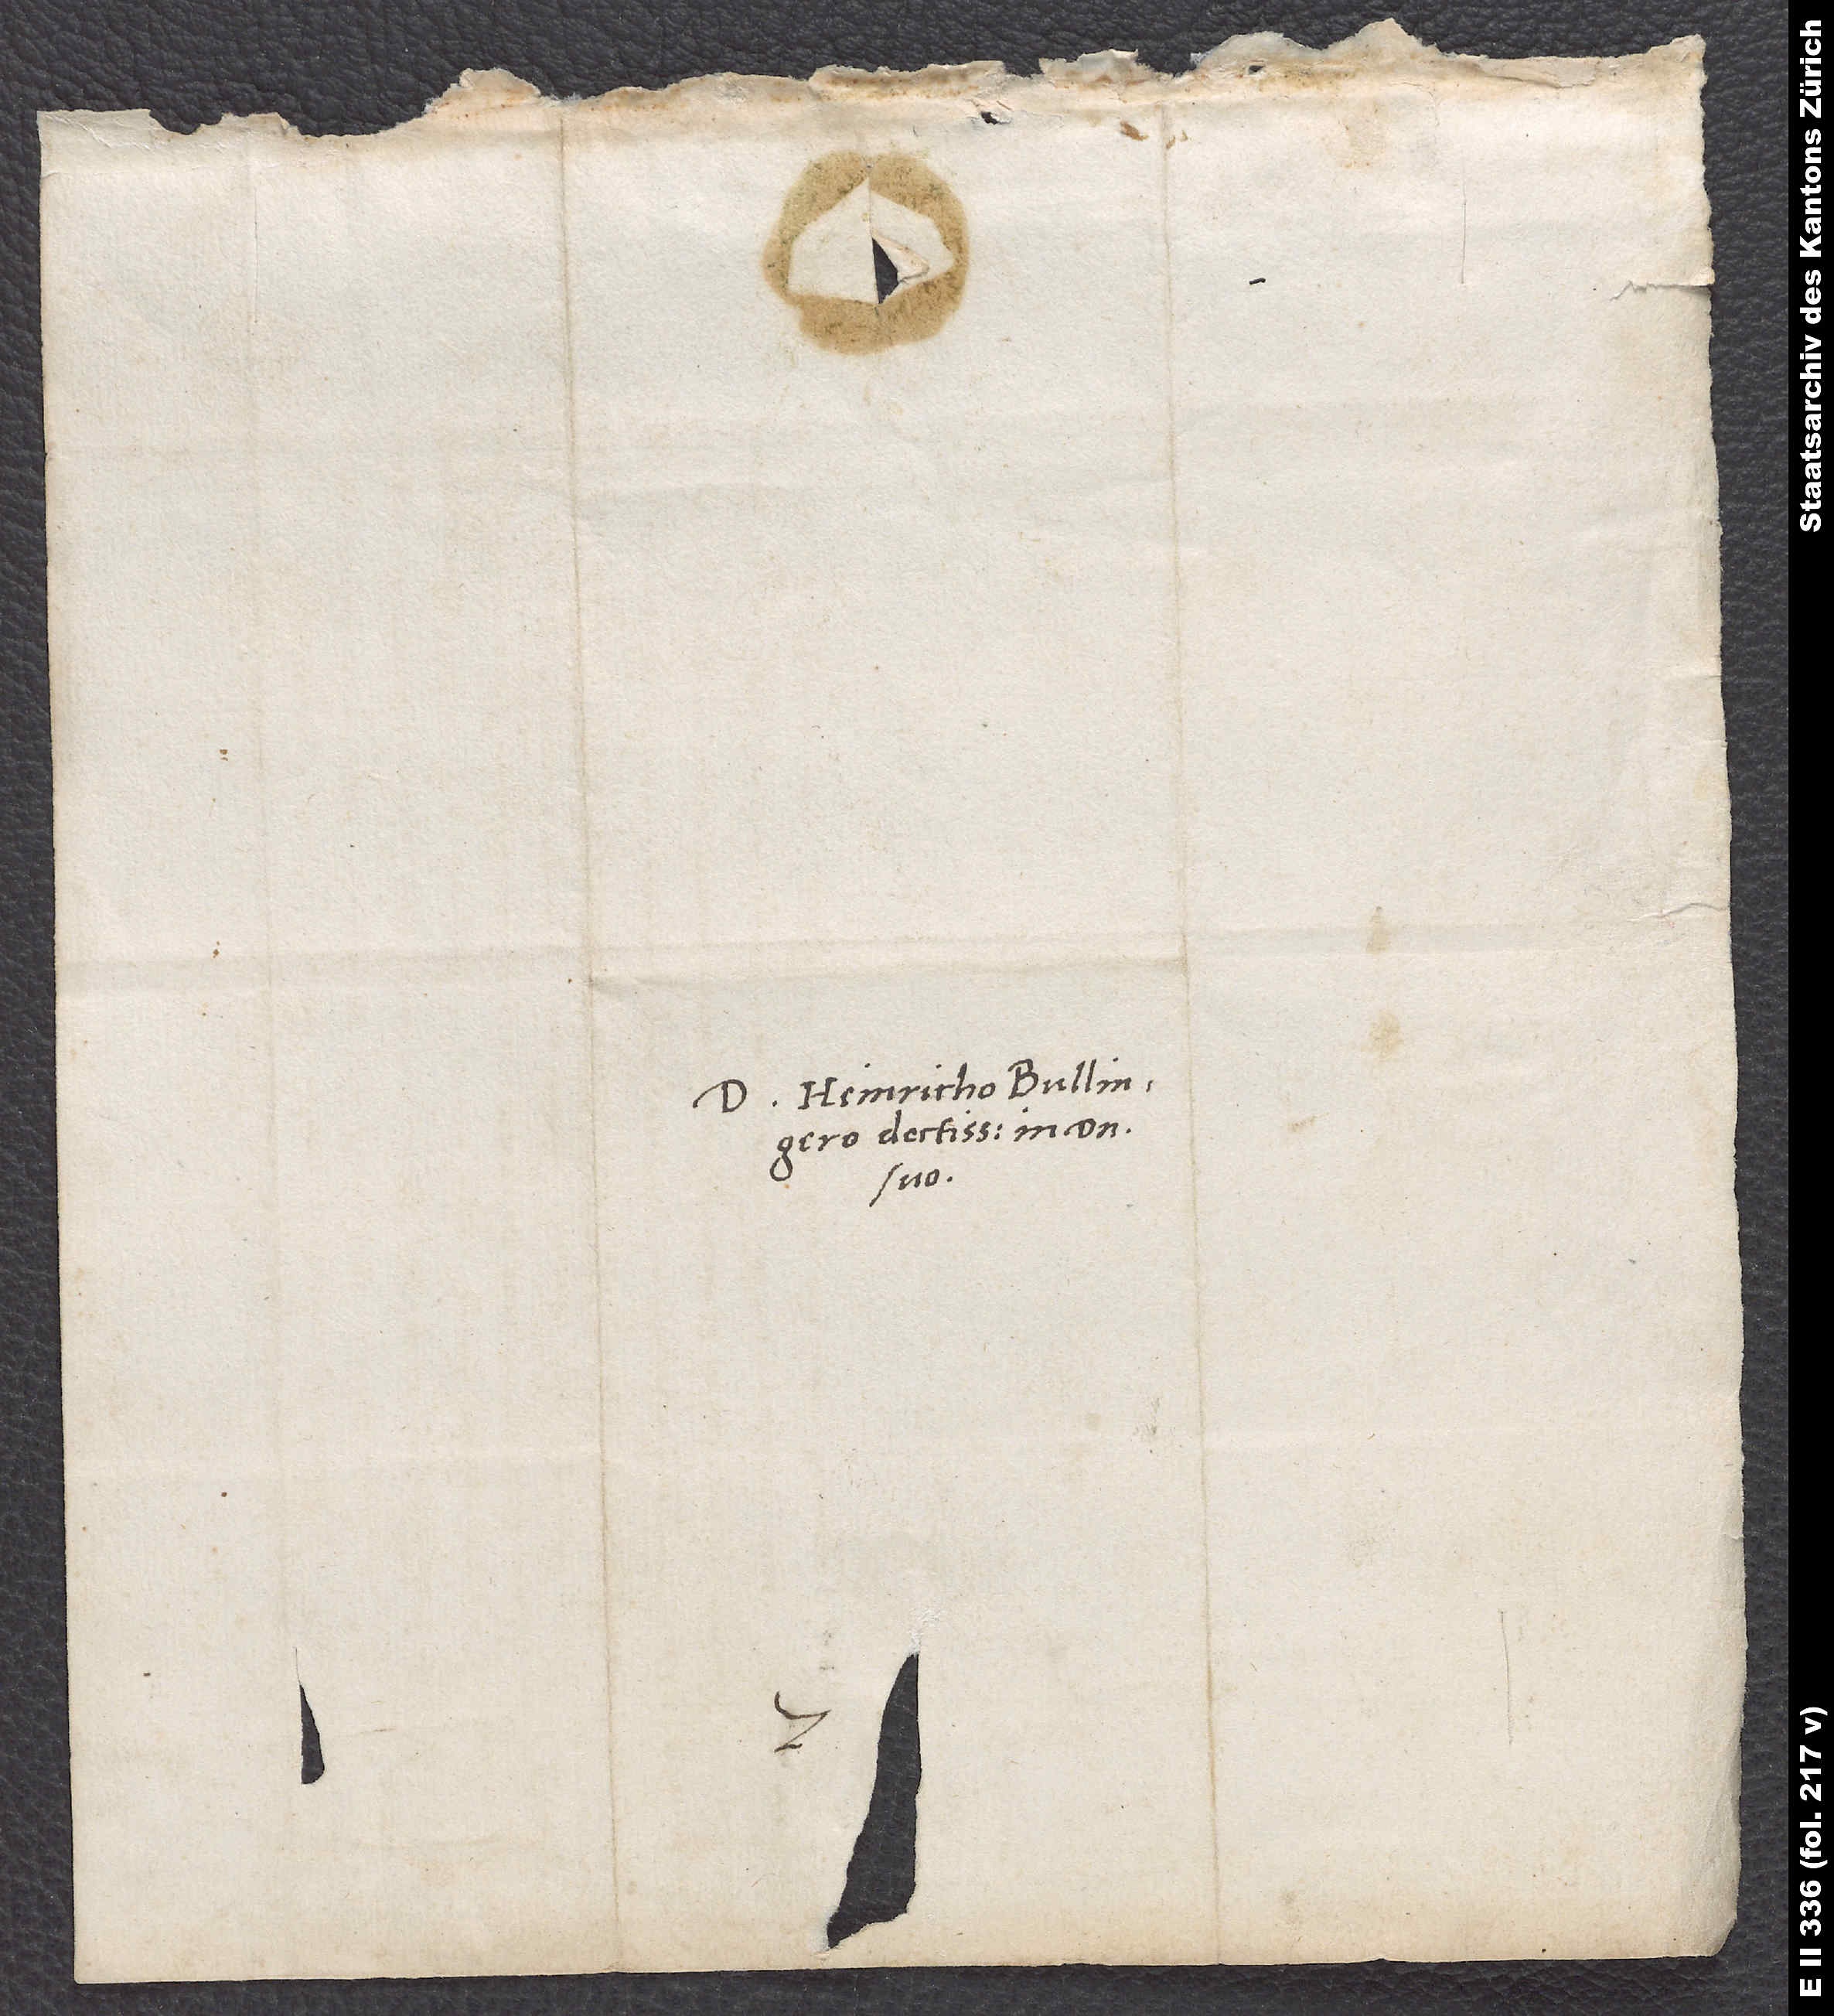
D. Heinricho Bullingero
doctissimo, in domino
suo.